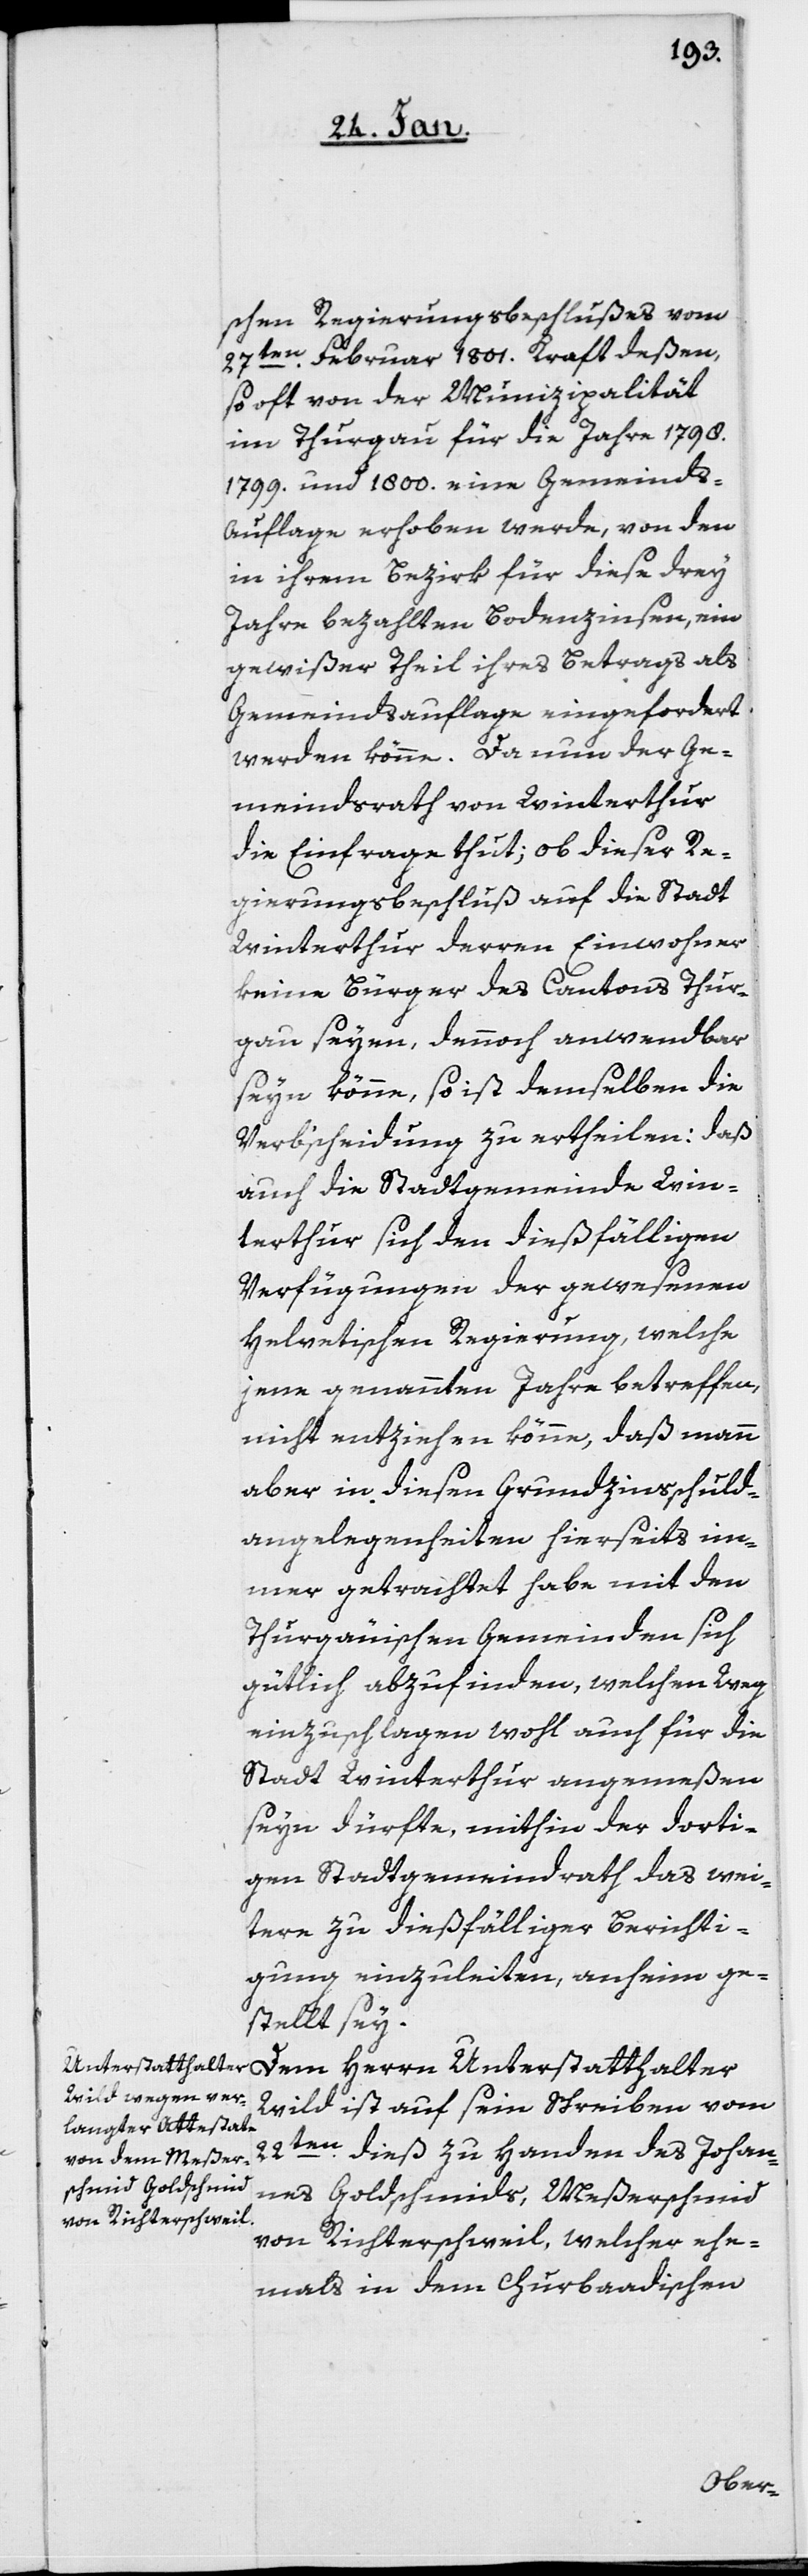
schen Regierungsbeschlußes vom
27ten. Februar 1801. Kraft deßen,
so oft von der Munizipalität
im Thurgau für die Jahre 1798.
1799. und 1800. eine Gemeinds-A¬
uflage erhoben werde, von den
in ihrem Bezirk für diese drey
Jahre bezahlten Bodenzinsen, ein
gewißer Theil ihres Betrags als
Gemeindsauflage eingefordert
werden könne. Da nun der Ge¬
meindsrath von Winterthur
die Einfrage thut; ob dieser Re¬
gierungsbeschluß auf die Stadt
Winterthur, deren Einwohner
keine Bürger des Cantons Thur¬
gau seyen, dennoch anwendbar
seyn könne, so ist demselben die
Verb’scheidung zu ertheilen: daß
auch die Stadtgemeinde Win¬
terthur sich den dießfälligen
Verfügungen der gewesenen
Helvetischen Regierung, welche
jene genannten Jahre betreffen,
nicht entziehen könne, daß mann
aber in diesen Grundzinsschuld¬
angelegenheiten hierseits im¬
mer getrachtet habe mit den
Thurgäuischen Gemeinden sich
gütlich abzufinden, welchen Weg
einzuschlagen wohl auch für die
Stadt Winterthur angemeßen
sein dürfte, mithin der dorti¬
gen Stadtgemeindrath das wei¬
tere zu dießfälliger Berichti¬
gung einzuleiten anheim ge¬
stellt sey.
Dem Herrn Unterstatthalter
Wild ist auf sein Schreiben vom
22sten. dieß zu Handen des Johan¬
nes Goldschmids, Meßerschmied
von Richterschweil, welcher ehe¬
mals in dem Churbaadischen